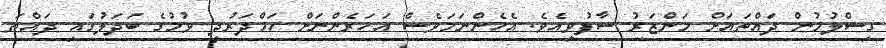
ގިސްލުމުން ދައްތައަށް މަންޒަރު ސާފުވިއެވެ. އެހެންނަމަވެސް އަހަރެންނަށް ހަމްދަރުދީ ވުމުގެ ބަދަލުގައި ދައްތަ